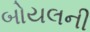
બોયલની